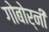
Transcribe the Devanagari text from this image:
गोबोर्नी